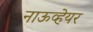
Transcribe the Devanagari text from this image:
नाऊव्हेयर